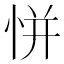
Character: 恲